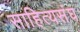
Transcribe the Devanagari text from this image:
साहित्यसंघ